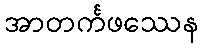
အာတင်္ကဖဿေန